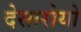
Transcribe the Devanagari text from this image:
देसारोयो